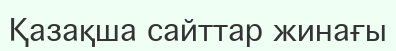
Қазақша сайттар жинағы